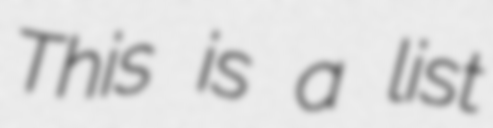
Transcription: This is a list